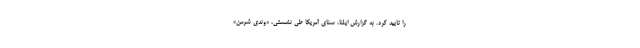
را تأیید کرد. به گزارش ایلنا، سنای آمریکا طی نشستی، «وندی شرمن»